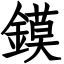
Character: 鏌